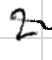
Text: 2
Cross-out: wave
Writing tool: digital_black